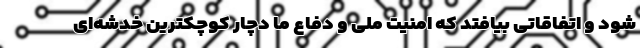
شود و اتفاقاتی بیافتد که امنیت ملی و دفاع ما دچار کوچکترین خدشه‌ای